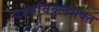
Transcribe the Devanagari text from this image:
परमविठ्ठलभक्त